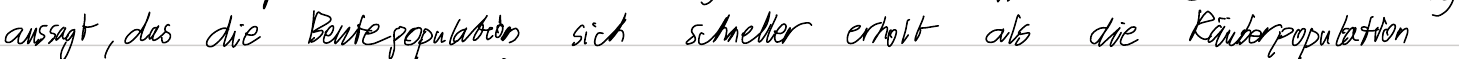
aussagt, das die Beutepopulation sich schneller erholt als die Räuberpopulation